Annual report of the Punjab Veterinary College and of the Civil Veterinary Department, Punjab - 1926-1932
Year: 1926
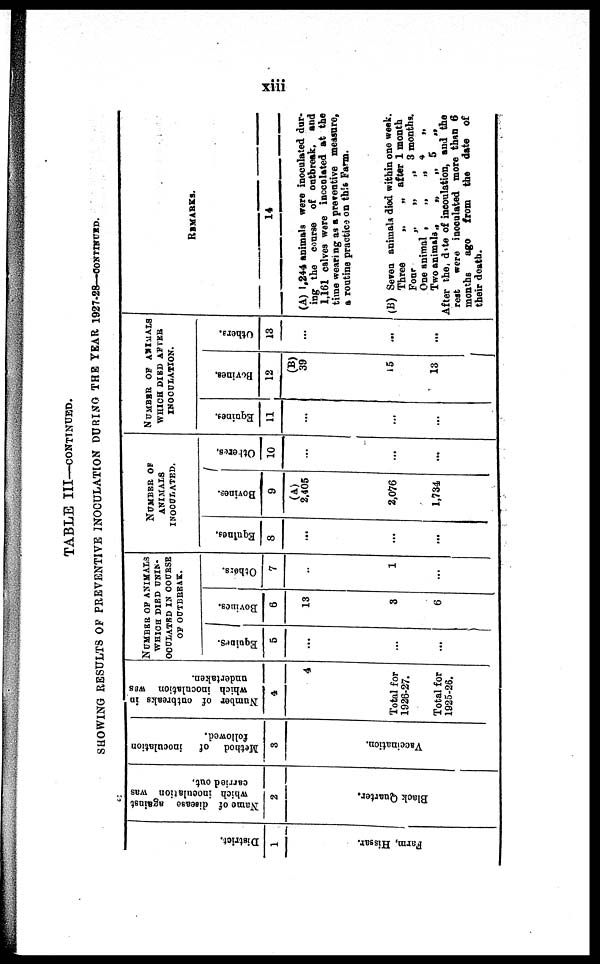
xiii
TABLE III—CONTINUED.
SHOWING RESULTS OF PREVENTIVE INOCULATION DURING THE YEAR 1927-28—CONTINUED.
Di st r i ct .
1
Farm, Hissar.
Name of disease against
which inoculation was
carried out.
2
Black Quarter.
Method of
inoculation
followed.
3
Vaccination.
Number of outbreaks in
which inoculation WAS
undertaken.
4
4
Total for
1926-27.
Total for
1925-26.
NUMBER OF ANIMALS
WHICH DIED UNIN¬
OCULATRD IN COURSE
OF OUTBREAK.
Equines.
5
...
...
...
Bovines.
6
13
3
6
Others.
7
...
1
...
NUMBER OF
ANIMALS
INOCULATED.
Equines.
8
...
...
...
Bovines.
9
(A)
2,405
2,076
1,734
Others.
10
...
...
...
NUMBER OF ANIMALS
WHICH DIED AFTER
INOCULATION.
Equines.
11
...
...
...
Bovines.
12
(B)
39
15
13
Others.
13
...
...
...
REMARKS.
14
(A) 1,244 animals were inoculated dur-
ing the course of outbreak, and
1,161 calves were inoculated at the
time wearing as a preventive measure,
a routine practice on this Farm.
(B) Seven animals died within one week.
Three
„
„
after 1 month
Four
„
„
„ 3 months.
One animal „ „
„
4
„
Two animals „
„
„ 5
„
After the date of incoulation, and the
rest
were inoculated more than 6
months
ago from the date of
their death.